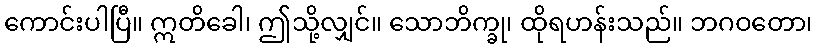
ကောင်းပါပြီ။ ဣတိခေါ၊ ဤသို့လျှင်။ သောဘိက္ခု၊ ထိုရဟန်းသည်။ ဘဂဝတော၊